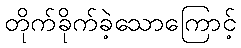
တိုက်ခိုက်ခဲ့သောကြောင့်